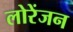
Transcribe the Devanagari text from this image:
लोरेंजन